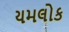
યમલોક